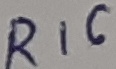
Text: R16